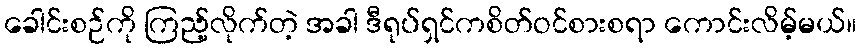
ခေါင်းစဉ်ကို ကြည့်လိုက်တဲ့ အခါ ဒီရုပ်ရှင်ကစိတ်ဝင်စားစရာ ကောင်းလိမ့်မယ်။